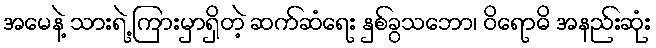
အမေနဲ့ သားရဲ့ ကြားမှာရှိတဲ့ ဆက်ဆံရေး နှစ်ခွသဘော၊ ဝိရောဓိ အနည်းဆုံး